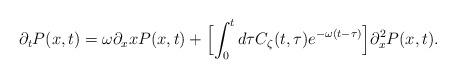
LaTeX: \begin{align*} \partial_t P(x,t) = \omega\partial_x xP(x,t) + \Bigl[\int_0^t d\tau C_\zeta(t,\tau)e^{-\omega(t-\tau)}\Bigr]\partial_x^2 P(x,t).\end{align*}